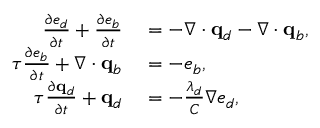
\begin{array} { r l } { \frac { \partial e _ { d } } { \partial t } + \frac { \partial e _ { b } } { \partial t } } & { { } = - \nabla \cdot \mathbf q _ { d } - \nabla \cdot \mathbf q _ { b } , } \\ { \tau \frac { \partial e _ { b } } { \partial t } + \nabla \cdot \mathbf q _ { b } } & { { } = - e _ { b } , } \\ { \tau \frac { \partial \mathbf q _ { d } } { \partial t } + \mathbf q _ { d } } & { { } = - \frac { \lambda _ { d } } { C } \nabla e _ { d } , } \end{array}